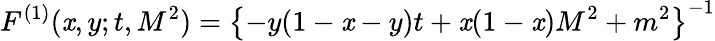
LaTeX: F^{(1)}(\mathit{x},y;t,M^{2})=\left\{ -y(1-\mathit{x}-y)t+\mathit{x}(1-\mathit{x})M^{2}+m^{2}\right\} ^{-1}